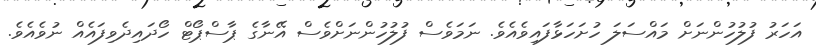
އަހަރު ފުލުހުންނަށް މައްސަލަ ހުށަހަޅާފައިވެއެވެ. ނަމަވެސް ފުލުހުންނަށްވެސް އޭނާގެ ޕާސްޕޯޓް ހޯދައިދެވިފައެއް ނުވެއެވެ.